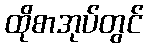
ထိုစာအုပ်တွင်